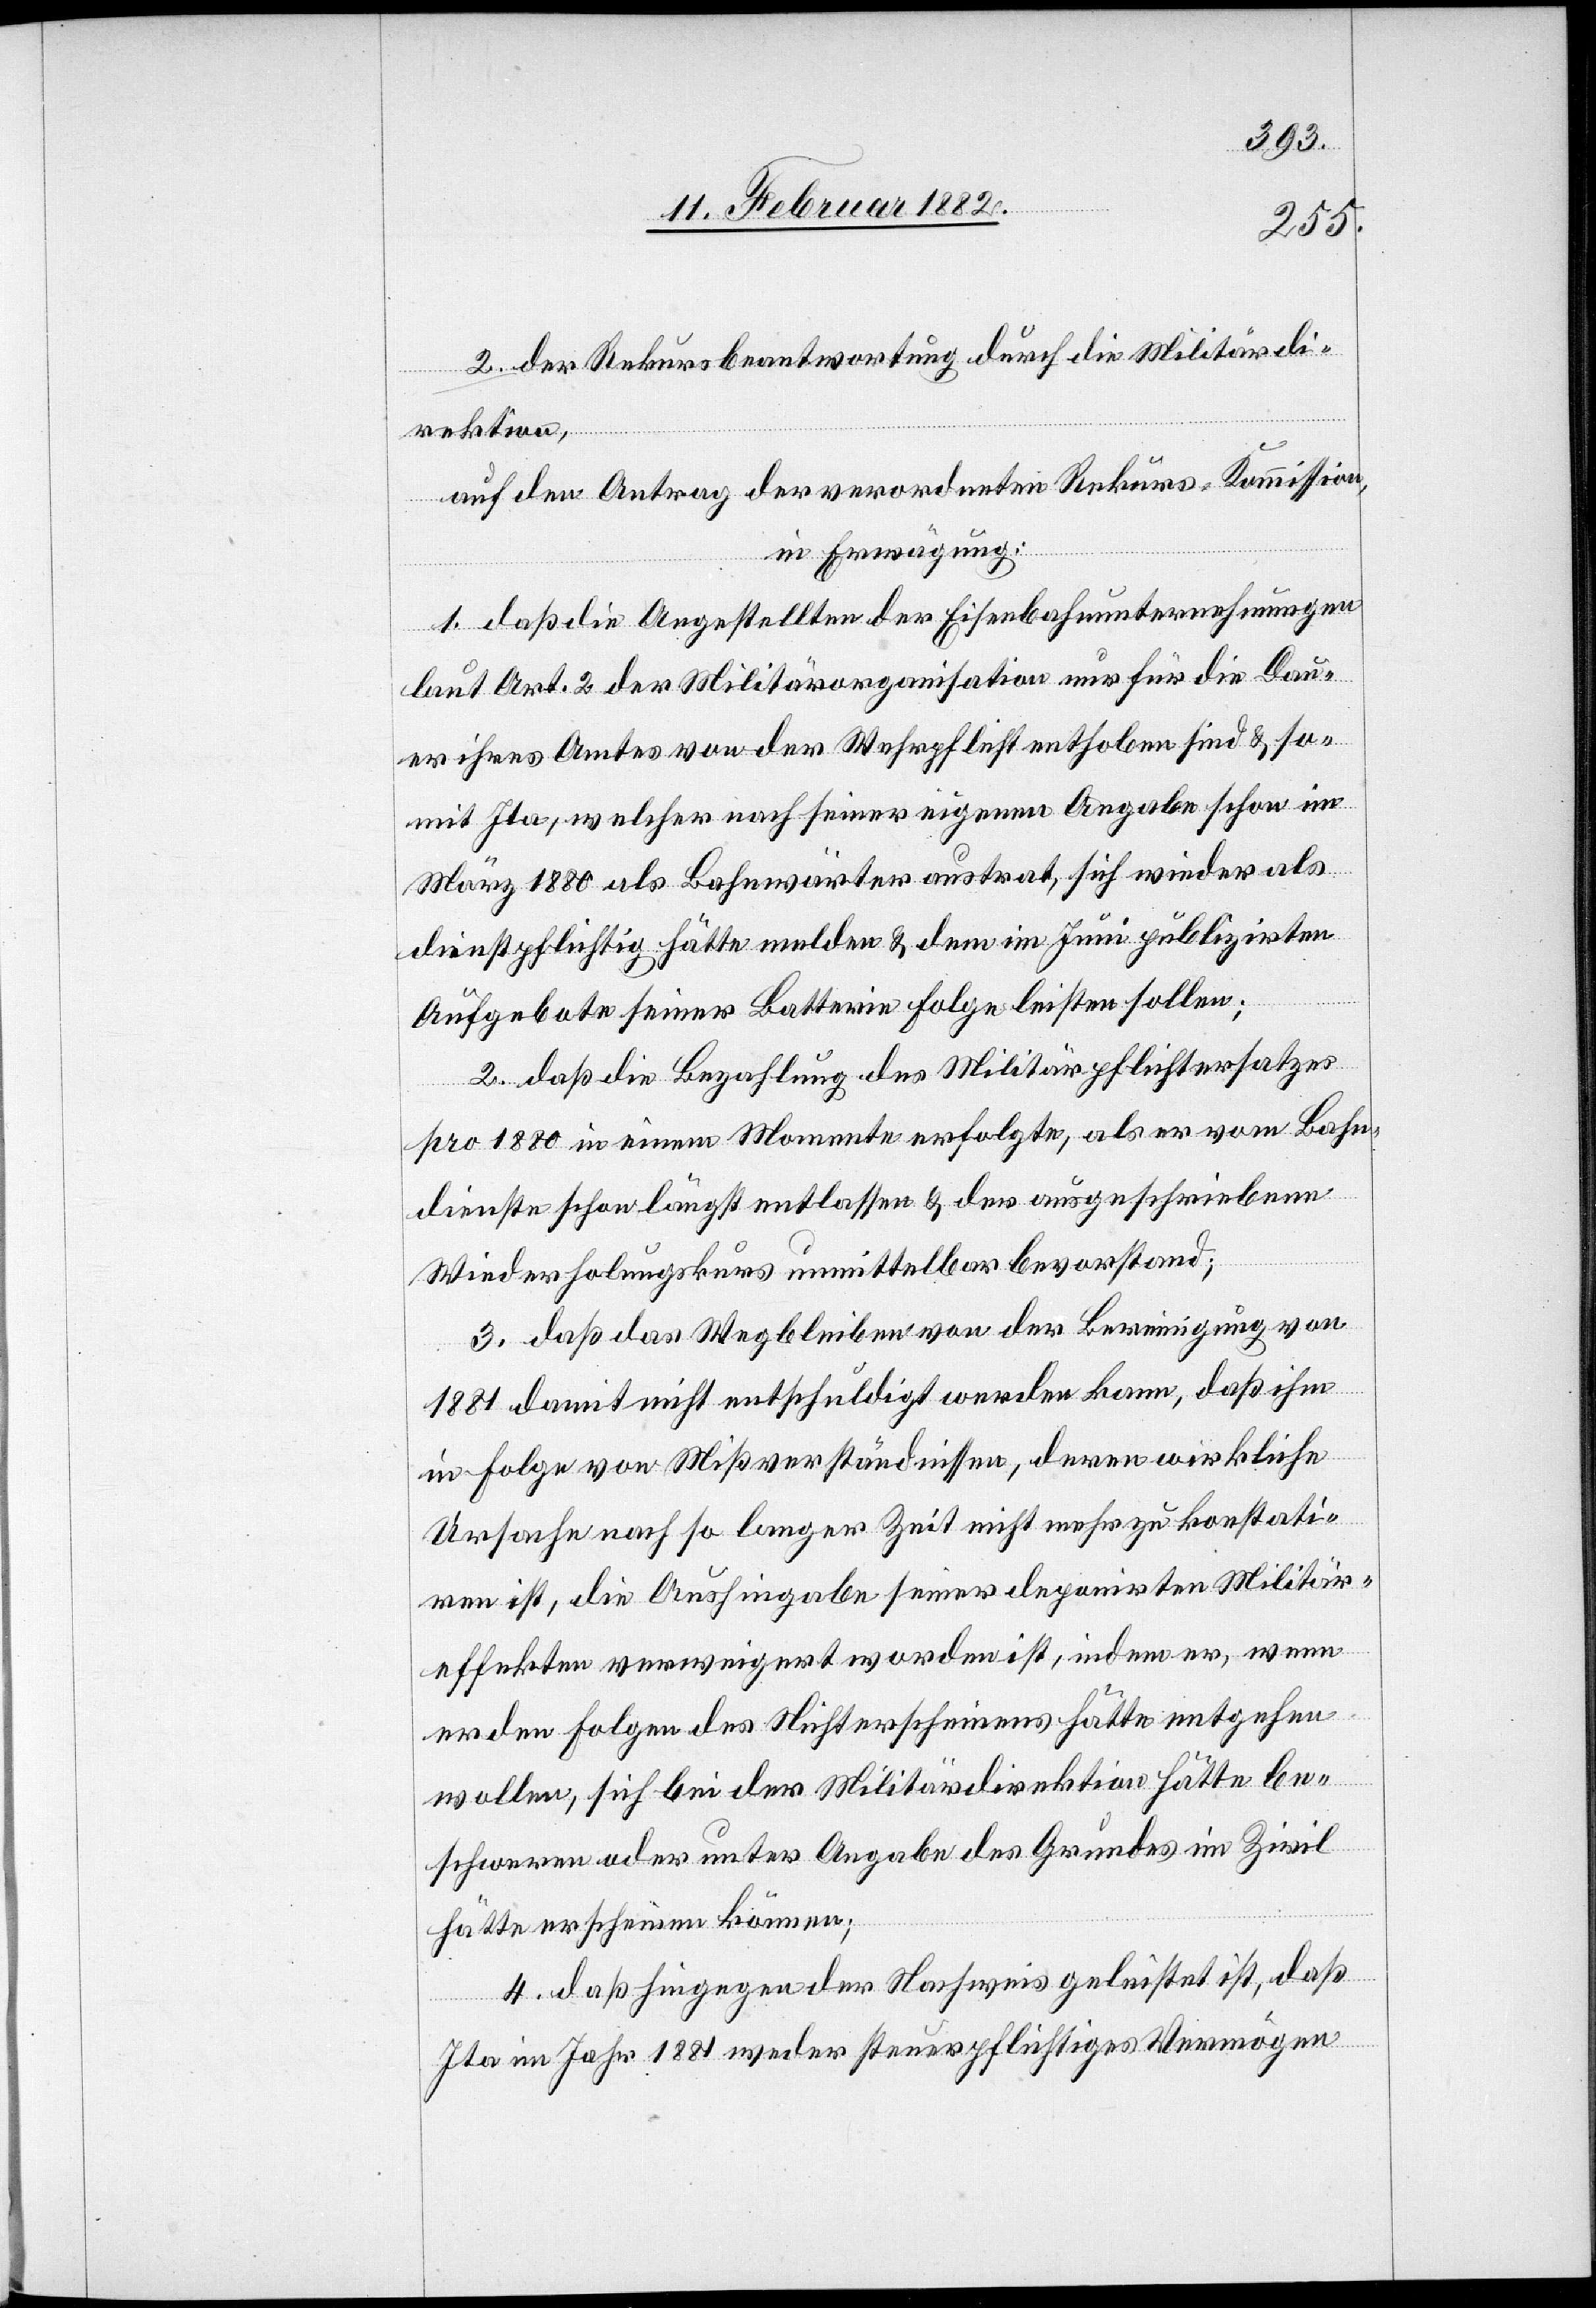
2. der Rekursbeantwortung durch die Militärdi¬
rektion,
auf den Antrag der verordneten Rekurs-Kommission,
in Erwägung:
1. daß die Angestellten der Eisenbahnunternehmungen
laut Art. 2 der Militärorganisation nur für die Dau¬
er ihres Amtes von der Wehrpflicht enthoben sind & so¬
mit Ita, welcher nach seiner eigenen Angabe schon im
März 1880 als Bahnwärter austrat, sich wieder als
dienstpflichtig hätte melden & dem im Juni publizirten
Aufgebote seiner Batterie Folge leisten sollen;
2. daß die Bezahlung des Militärpflichtersatzes
pro 1880 in einem Momente erfolgte, als er vom Bahn¬
dienste schon längst entlassen & der ausgeschriebenen
Wiederholungskurs unmittelbar bevorstand;
3. daß das Wegbleiben von der Bereinigung von
1881 damit nicht entschuldigt werden kann, daß ihm
in Folge von Mißverständnissen, deren wirkliche
Ursache nach so langer Zeit nicht mehr zu konstati¬
ren ist, die Aushingabe seiner deponirten Militär¬
effekten verweigert worden ist, indem er, wenn
er den Folgen des Nichterscheinens hätte entgehen
wollen, sich bei der Militärsdirektion hätte be¬
schweren oder unter Angabe des Grundes in Zivil
hätte erscheinen können;
4. daß hingegen der Nachweis geleistet ist, daß
Ita im Jahr 1881 weder steuerpflichtiges Vermögen